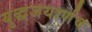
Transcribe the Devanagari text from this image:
युद्धजयार्णव